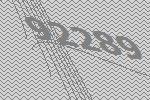
92289